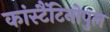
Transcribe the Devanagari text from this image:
कांस्टैंटिनोपुल